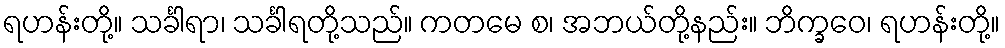
ရဟန်းတို့။ သင်္ခါရာ၊ သင်္ခါရတို့သည်။ ကတမေ စ၊ အဘယ်တို့နည်း။ ဘိက္ခဝေ၊ ရဟန်းတို့။